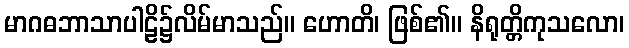
မာဂဓဘာသာပါဠိ၌လိမ်မာသည်။ ဟောတိ၊ ဖြစ်၏။ နိရုတ္တိကုသလော၊